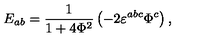
E _ { a b } = \frac 1 { 1 + 4 \Phi ^ { 2 } } \left( - 2 \varepsilon ^ { a b c } \Phi ^ { c } \right) ,